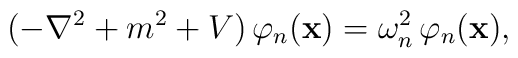
(-\nabla^2+m^2+V)\,\varphi_n({\bf x})=\omega_n^2\,\varphi_n({\bf x}),